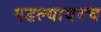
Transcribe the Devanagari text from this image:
पडल्यावरच